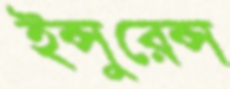
ইন্সুরেন্স